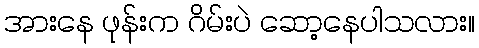
အားနေ ဖုန်းက ဂိမ်းပဲ ဆော့နေပါသလား။